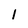
Character: l